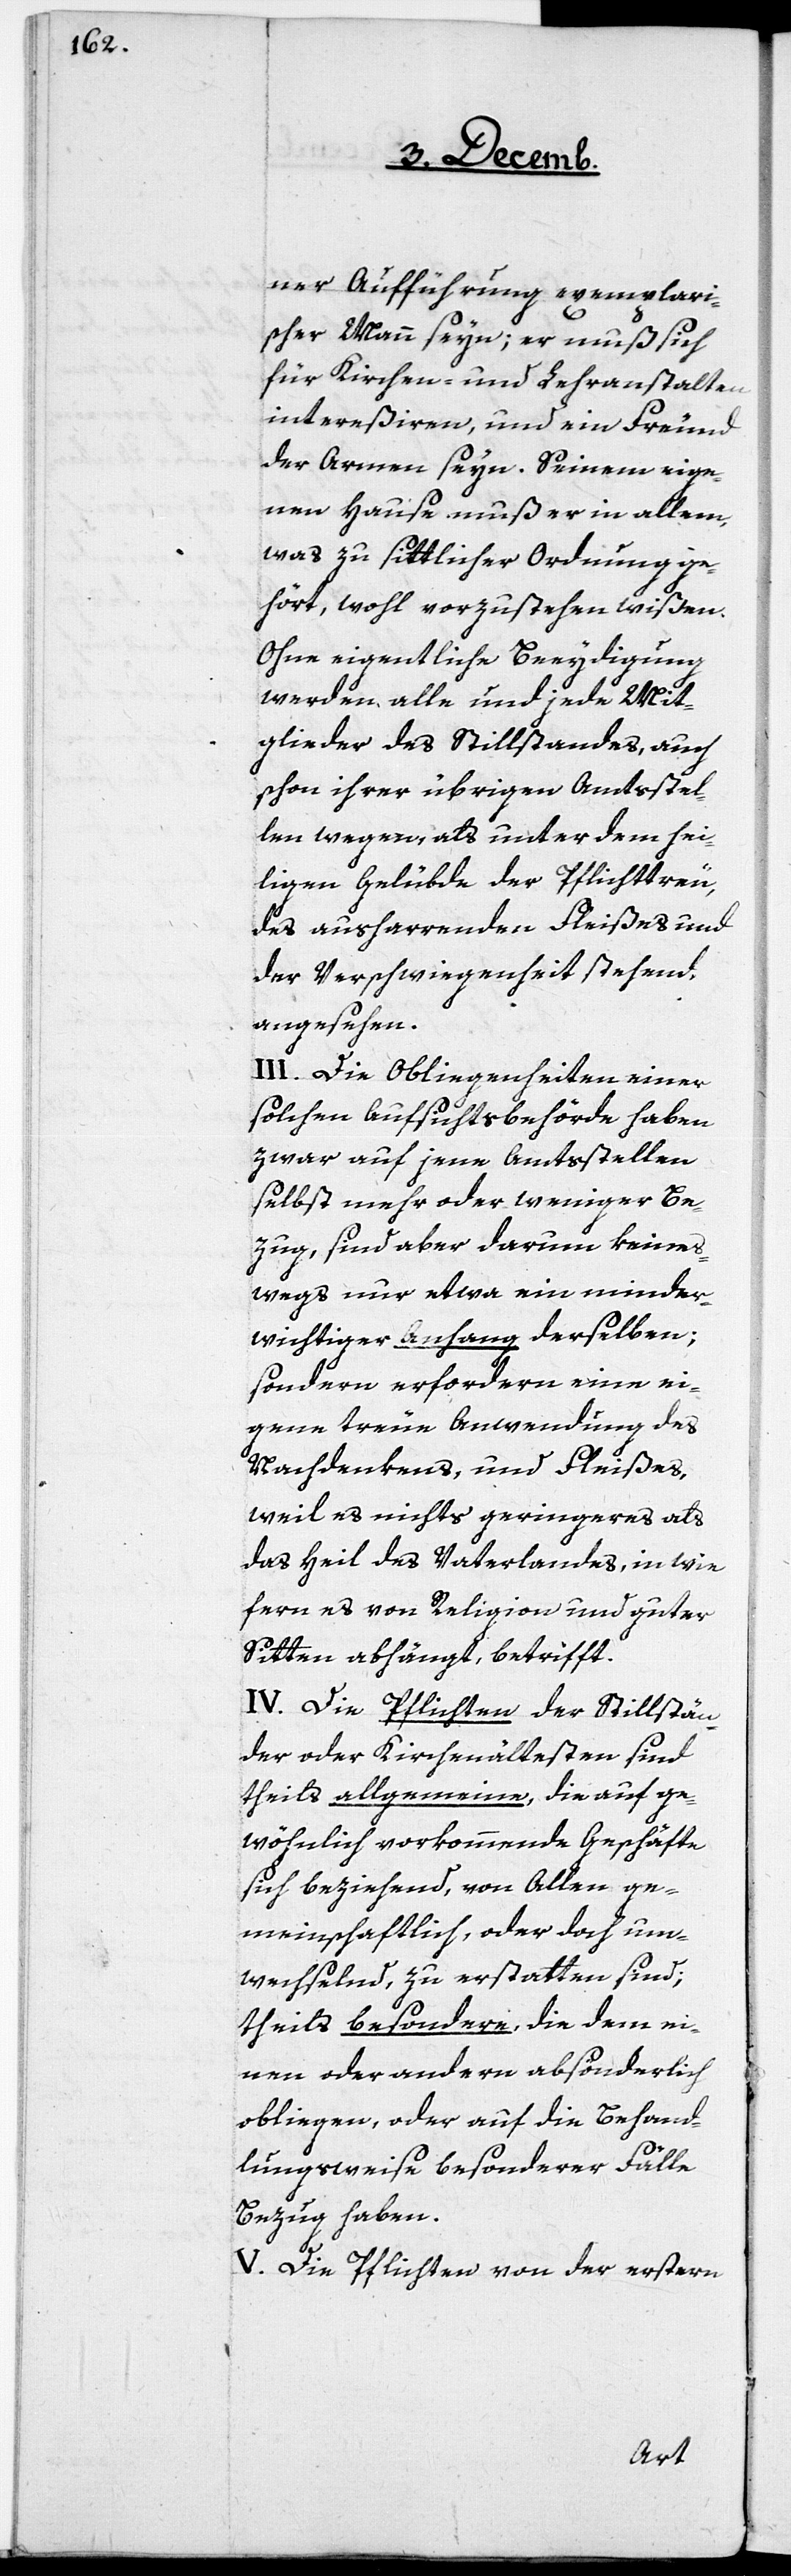
ner Aufführung exemplari¬
scher Mann seyn; er muß sich
für Kirchen und Lehranstalten
intereßiren, und ein Freund
der Armen seyn. Seinem eig¬
nen Hause muß er in allem,
was zu sittlicher Ordnung ge¬
hört, wohl vorzustehen wißen.
Ohne eigentliche Beeydigung
werden alle und jede Mit¬
glieder des Stillstandes, auch
schon ihrer übrigen Amtsstel¬
len wegen, als unter dem hei¬
ligen Gelübde der Pflichttreu,
des ausharrenden Fleißes und
der Verschwiegenheit stehend,
angesehen.
III. Die Obliegenheiten einer
solchen Aufsichtsbehörde haben
zwar auf jene Amtsstellen
selbst mehr oder weniger Be¬
zug, sind aber darum keines¬
wegs nur etwa ein minder¬
wichtiger Anhang derselben;
sondern erfordern eine ei¬
gene treue Anwendung des
Nachdenkens und Fleißes,
weil es nichts geringeres als
das Heil des Vaterlandes, in wie
fern es von Religion und guter
Sitten abhängt, betrifft.
IV. Die Pflichten der Stillstän¬
der oder Kirchenältesten sind
theils allgemeine, die auf ge¬
wöhnlich vorkommende Geschäfte
sich beziehend, von Allen ge¬
meinschaftlich, oder doch um¬
wechselnd, zu erstatten sind;
theils besondere, die dem ei¬
nen oder andern absonderlich
obliegen, oder auf die Behand¬
lungsweise besonderer Fälle
Bezug haben.
V. Die Pflichten von der erstern